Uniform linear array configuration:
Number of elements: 4
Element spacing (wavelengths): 0.75
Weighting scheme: blackman
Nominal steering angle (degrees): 30
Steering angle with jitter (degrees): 28.512
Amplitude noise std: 0.05
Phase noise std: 0.05

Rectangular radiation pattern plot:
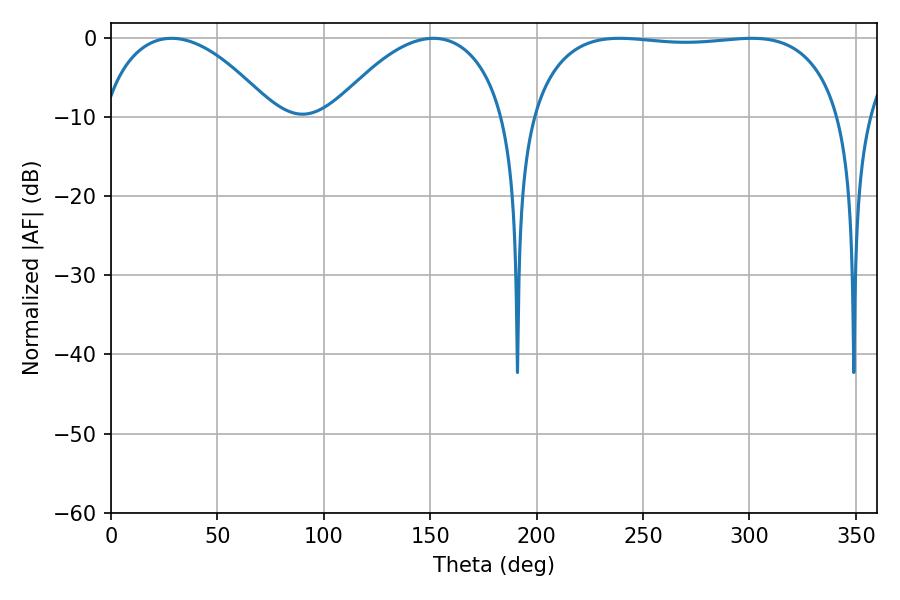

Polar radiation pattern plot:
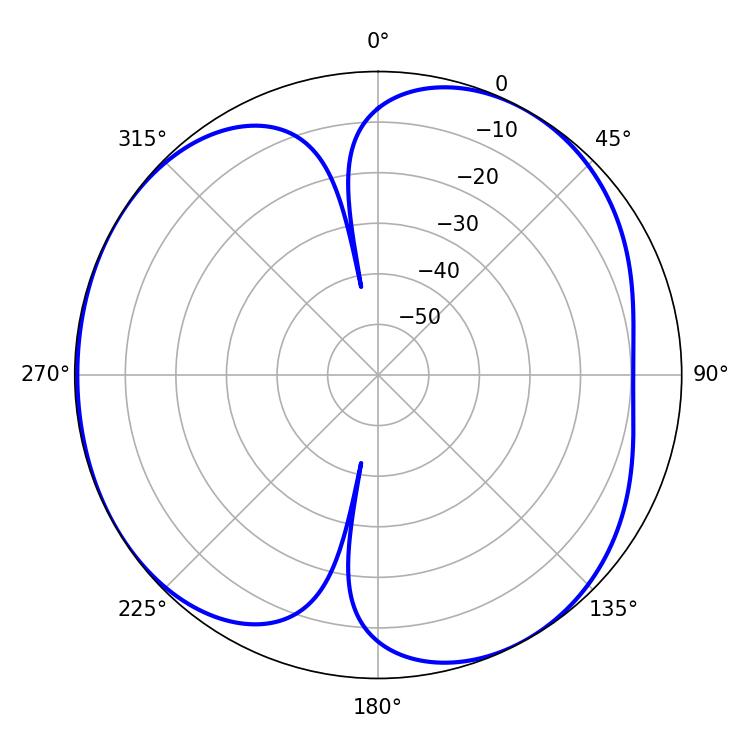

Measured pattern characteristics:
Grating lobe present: TRUE
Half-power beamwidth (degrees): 45.72
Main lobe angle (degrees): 28.44